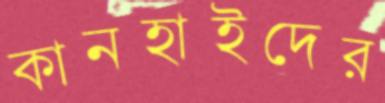
কানহাইদের